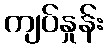
ကျပ်နှုန်း